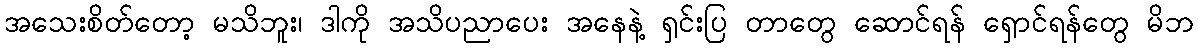
အသေးစိတ်တော့ မသိဘူး၊ ဒါကို အသိပညာပေး အနေနဲ့ ရှင်းပြ တာတွေ ဆောင်ရန် ရှောင်ရန်တွေ မိဘ